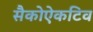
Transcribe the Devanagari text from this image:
सैकोऐकटिव